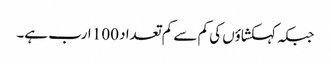
جبکہ کہکشاؤں کی کم سے کم تعداد 100 ارب ہے۔